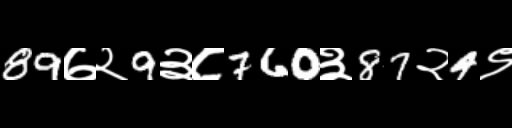
Text: 89७२9३८760३87२4९